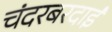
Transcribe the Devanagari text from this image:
चंदरबरदाई